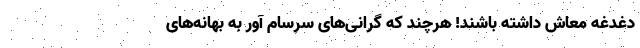
دغدغه معاش داشته باشند! هرچند که گرانی‌های سرسام آور به بهانه‌های